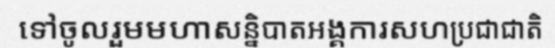
ទៅចូលរួមមហាសន្និបាតអង្គការសហប្រជាជាតិ